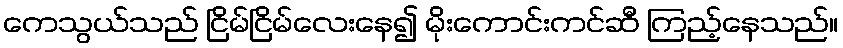
ကေသွယ်သည် ငြိမ်ငြိမ်လေးနေ၍ မိုးကောင်းကင်ဆီ ကြည့်နေသည်။